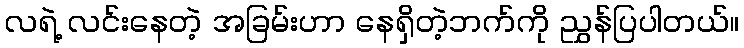
လရဲ့ လင်းနေတဲ့ အခြမ်းဟာ နေရှိတဲ့ဘက်ကို ညွှန်ပြပါတယ်။